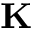
\mathbf { K }